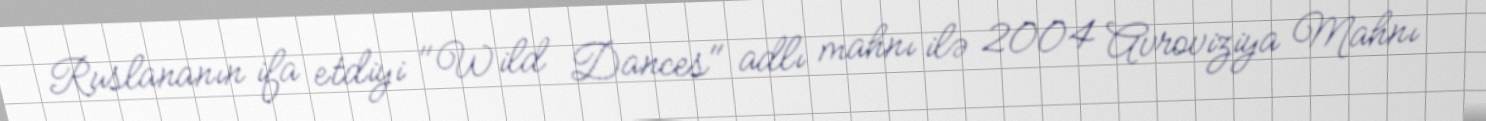
Ruslananın ifa etdiyi "Wild Dances" adlı mahnı ilə 2004 Avroviziya Mahnı